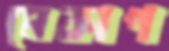
মেকাপ